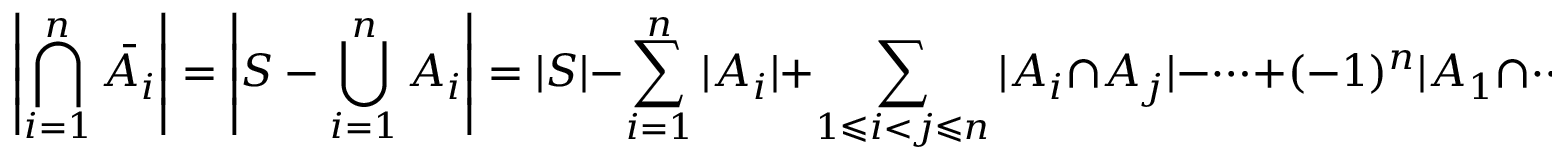
\left| \bigcap _ { i = 1 } ^ { n } { \bar { A _ { i } } } \right| = \left| S - \bigcup _ { i = 1 } ^ { n } A _ { i } \right| = | S | - \sum _ { i = 1 } ^ { n } | A _ { i } | + \sum _ { 1 \leqslant i < j \leqslant n } | A _ { i } \cap A _ { j } | - \cdots + ( - 1 ) ^ { n } | A _ { 1 } \cap \cdots \cap A _ { n } | .